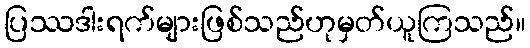
ပြဿဒါးရက်များဖြစ်သည်ဟုမှတ်ယူကြသည်။